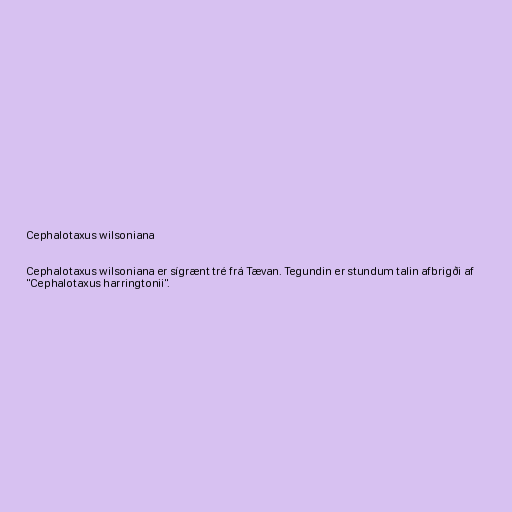
Cephalotaxus wilsoniana

Cephalotaxus wilsoniana er sígrænt tré frá Tævan. Tegundin er stundum talin afbrigði af
"Cephalotaxus harringtonii".